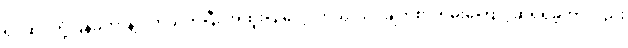
ရင်ဆိုင်တုံ့ပြန်ခဲ့တာနဲ့ ပတ်သက်ပြီး အထူးပြုလေ့လာသုံးသပ်ချက်စာတမ်းကြောင့်ဆုရရှိခဲ့တာလည်း